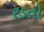
રડતો